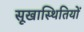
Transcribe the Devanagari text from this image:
सूखास्थितियों